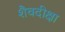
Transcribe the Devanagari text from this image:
शैवदीक्षा